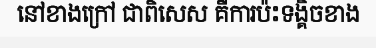
នៅខាងក្រៅ ជាពិសេស គឺការប៉ះទង្គិចខាង